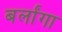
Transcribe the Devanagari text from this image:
बर्लांगा